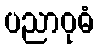
ပညာဝုဓံ